Indian journal of veterinary science and animal husbandry - Volume 2,
Year: 1932
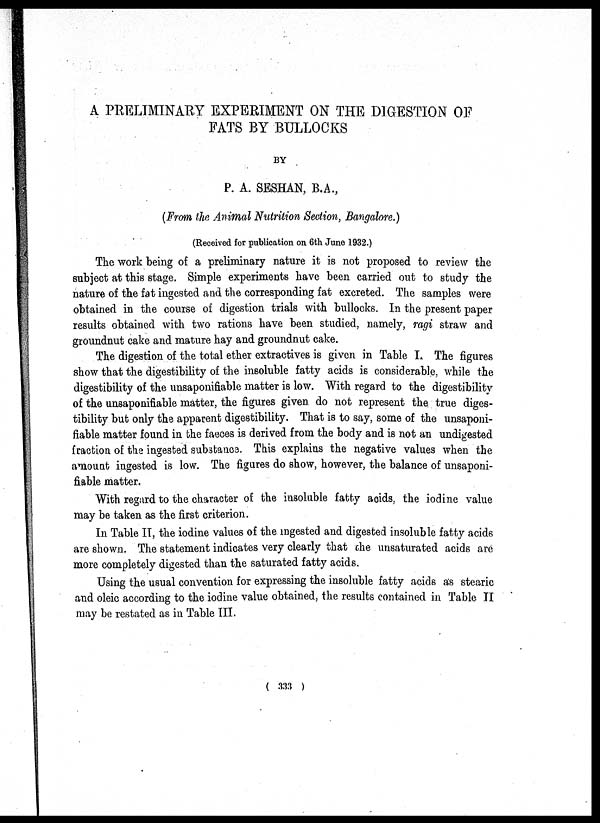
A PRELIMINARY EXPERIMENT ON THE DIGESTION OF
FATS BY BULLOCKS
BY
P. A. SESHAN, B.A.,
(From the Animal Nutrition Section, Bangalore.)
(Received for publication on 6th June 1932.)
The work being of a preliminary nature it is not proposed to review the
subject at this stage. Simple experiments have been carried out to study the
nature of the fat ingested and the corresponding fat excreted. The samples were
obtained in the course of digestion trials with bullocks. In the present paper
results obtained with two rations have been studied, namely, ragi straw and
groundnut cake and mature hay and groundnut cake.
The digestion of the total ether extractives is given in Table I. The figures
show that the digestibility of the insoluble fatty acids is considerable, while the
digestibility of the unsaponifiable matter is low. With regard to the digestibility
of the unsaponifiable matter, the figures given do not represent the true diges-
tibility but only the apparent digestibility. That is to say, some of the unsaponi-
fiable matter found in the faeces is derived from the body and is not an undigested
fraction of the ingested substance. This explains the negative values when the
amount ingested is low. The figures do show, however, the balance of unsaponi-
fiable matter.
With regard to the character of the insoluble fatty acids, the iodine value
may be taken as the first criterion.
In Table II, the iodine values of the ingested and. digested insoluble fatty acids
are shown. The statement indicates very clearly that the unsaturated acids are
more completely digested than the saturated fatty acids.
Using the usual convention for expressing the insoluble fatty acids as stearic
and oleic according to the iodine value obtained, the results contained in Table II
may be restated as in Table III.
( 333 )